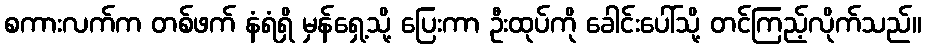
စကားလက်က တစ်ဖက် နံရံရှိ မှန်ရှေ့သို့ ပြေးကာ ဦးထုပ်ကို ခေါင်းပေါ်သို့ တင်ကြည့်လိုက်သည်။